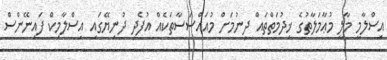
އިސްލާމީ މާލީ މުޢާމަލާތުގެ ޚިދުމަތްތައް ދިނުމަށް މުއައްސަސާތަކެއް އުފެދި ދުނިޔޭގައި އިސްލާމިކް ފައިނޭންސް